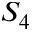
S _ { 4 }